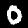
Digit: 0